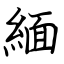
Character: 緬